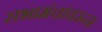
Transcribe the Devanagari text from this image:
सभामंचांवरून